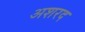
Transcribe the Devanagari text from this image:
अशरद